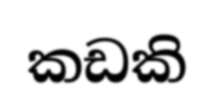
කඩකි